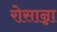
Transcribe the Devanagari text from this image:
रोसान्ना